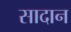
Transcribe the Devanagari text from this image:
सादान